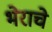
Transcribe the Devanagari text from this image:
भेराचे